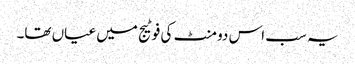
یہ سب اس دو منٹ کی فوٹیج میں عیاں تھا۔